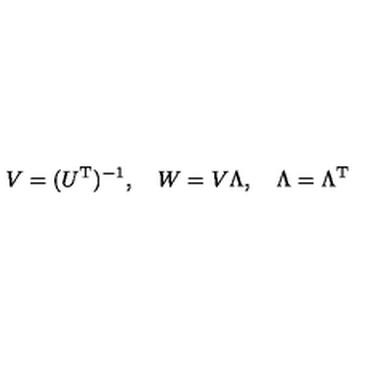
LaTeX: V = ( U ^ { \mathrm { T } } ) ^ { - 1 } , \quad W = V \Lambda , \quad \Lambda = \Lambda ^ { \mathrm { T } }